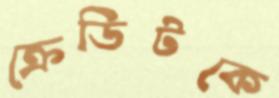
ক্রেডিটকে